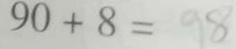
9 0 + 8 = 9 8